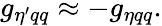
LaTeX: g_{\eta^{\prime}qq}\approx-g_{\eta qq}.